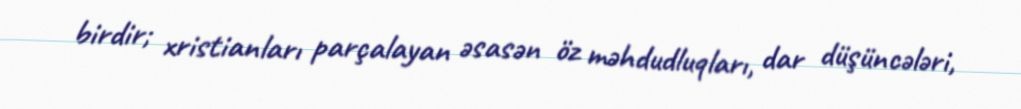
birdir; xristianları parçalayan əsasən öz məhdudluqları, dar düşüncələri,